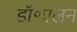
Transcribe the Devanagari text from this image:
डॉ॰एलन